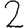
Digit: 2